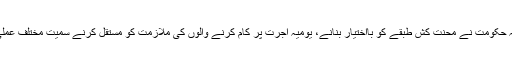
صدر کا کہنا تھا کہ حکومت نے محنت کش طبقے کو بااختیار بنانے، یومیہ اجرت پر کام کرنے والوں کی ملازمت کو مستقل کرنے سمیت مختلف عملی اقدامات کیے ہیں۔